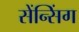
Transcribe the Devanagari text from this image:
सेंन्सिंग